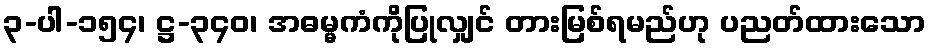
၃-ပါ-၁၅၄၊ ဋ္ဌ-၃၄၀၊ အဓမ္မကံကိုပြုလျှင် တားမြစ်ရမည်ဟု ပညတ်ထားသော